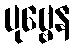
ပုဗ္ဗေန